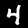
Digit: 4